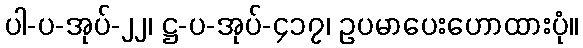
ပါ-ပ-အုပ်-၂၂၊ ဋ္ဌ-ပ-အုပ်-၄၁၇၊ ဥပမာပေးဟောထားပုံ။